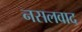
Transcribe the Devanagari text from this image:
नसलवाद